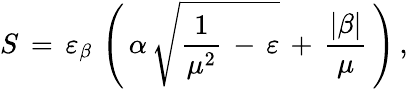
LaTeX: S\, =\, \varepsilon_{\beta}\, \left(\, \alpha\, \sqrt{\frac{1}{\mu^{2}}\, -\, \varepsilon}\, +\, \frac{|\beta|}{\mu}\, \right)\, {,}